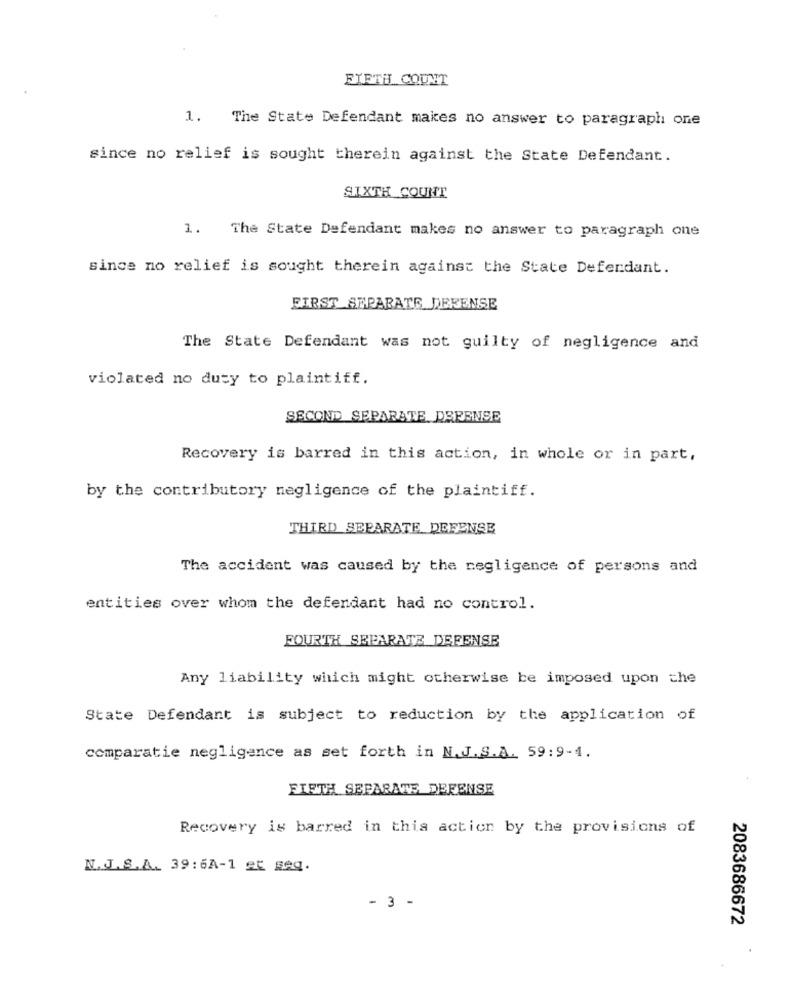
FIFTH COUNT
1. The State Defendant makes no answer to paragraph one
since no relief is sought therein against the State Defendant.
SIXTH COUNT
1. The State Defendant makes no answer to paragraph one
since no relief is sought therein against the State Defendant.
FIRST_SEPARATE DEFENSE
The State Defendant was not guilty of negligence and
violated no duty to plaintiff.
SECOND SEPARATE DEFENSE
Recovery is barred in this action, in whole or in part,
by the contributory negligence of the plaintiff.
THIRD SEPARATE DEFENSE
The accident was caused by the negligence of persons and
entities over whom the defendant had no control.
FOURTH SEPARATE DEFENSE
Any liability which might otherwise be imposed upon the
State Defendant is subject to reduction by the application of
comparatie negligence as set forth in N.J.S.A. 59:9-4.
FIFTH SEPARATE DEFENSE
Recovery is barred in this action by the provisions of
N. J.S.A. 39: 6A-1 et geg.
- 3 -
2083686672